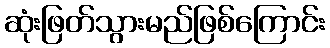
ဆုံးဖြတ်သွားမည်ဖြစ်ကြောင်း